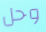
وحل